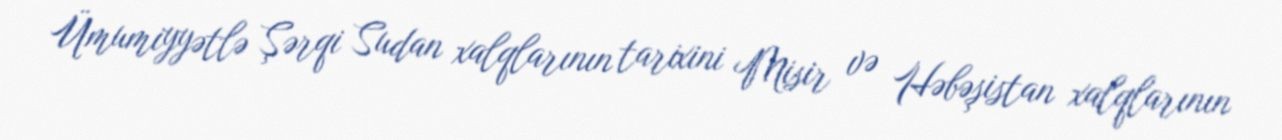
Ümumiyyətlə Şərqi Sudan xalqlarının tarixini Misir və Həbəşistan xalqlarının